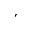
'